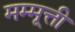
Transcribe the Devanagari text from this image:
मम्मूत्ती